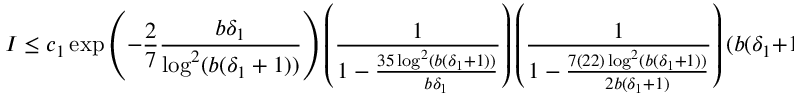
I \leq c _ { 1 } \exp \left( - \frac { 2 } { 7 } \frac { b \delta _ { 1 } } { \log ^ { 2 } ( b ( \delta _ { 1 } + 1 ) ) } \right) \left( \frac { 1 } { 1 - \frac { 3 5 \log ^ { 2 } ( b ( \delta _ { 1 } + 1 ) ) } { b \delta _ { 1 } } } \right) \left( \frac { 1 } { 1 - \frac { 7 ( 2 2 ) \log ^ { 2 } ( b ( \delta _ { 1 } + 1 ) ) } { 2 b ( \delta _ { 1 } + 1 ) } } \right) ( b ( \delta _ { 1 } + 1 ) ) ^ { 2 2 } .